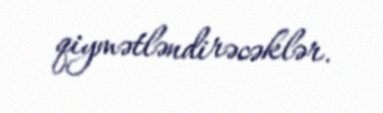
qiymətləndirəcəklər.